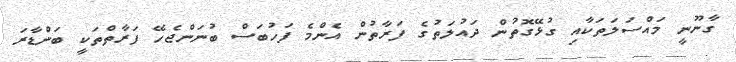
ގާނޫނީ މައްސަލަތަކާއި ގުޅޭގޮތުން ދައުލަތުގެ ފަރާތުން އެންމެ ފަހުބަސް ބުނަންޖެހޭ ފަރާތްތަކީ ބަންޑާރަ